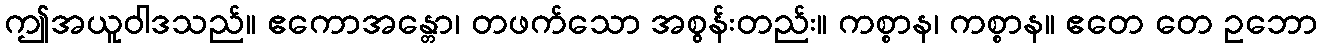
ဤအယူဝါဒသည်။ ဧကောအန္တော၊ တဖက်သော အစွန်းတည်း။ ကစ္စာန၊ ကစ္စာန။ ဧတေ တေ ဥဘော